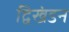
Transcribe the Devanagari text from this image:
द्विखंडन